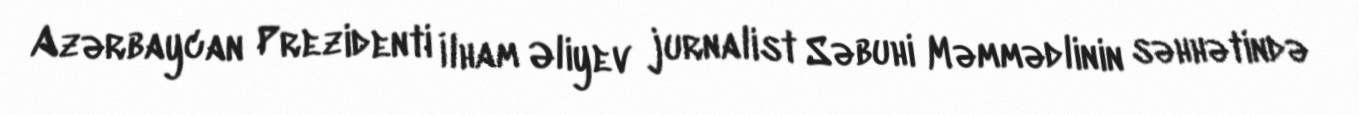
Azərbaycan Prezidenti İlham Əliyev jurnalist Səbuhi Məmmədlinin səhhətində